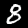
Digit: 8